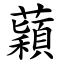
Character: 蘔